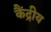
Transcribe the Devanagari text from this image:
कैंद्रीय